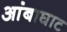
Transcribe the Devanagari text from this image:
आंबाघाट